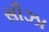
સીઝા